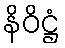
နိဝိဋ္ဌံ